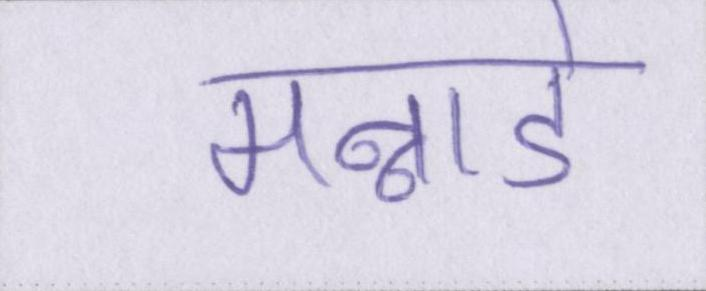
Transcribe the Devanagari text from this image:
मन्नाडे